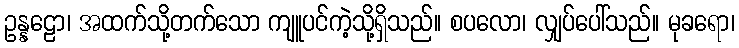
ဥန္နဠော၊ အထက်သို့တက်သော ကျူပင်ကဲ့သို့ရှိသည်။ စပလော၊ လျှပ်ပေါ်သည်။ မုခရော၊